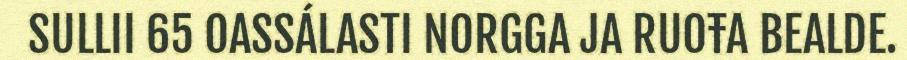
SULLII 65 OASSÁLASTI NORGGA JA RUOŦA BEALDE.